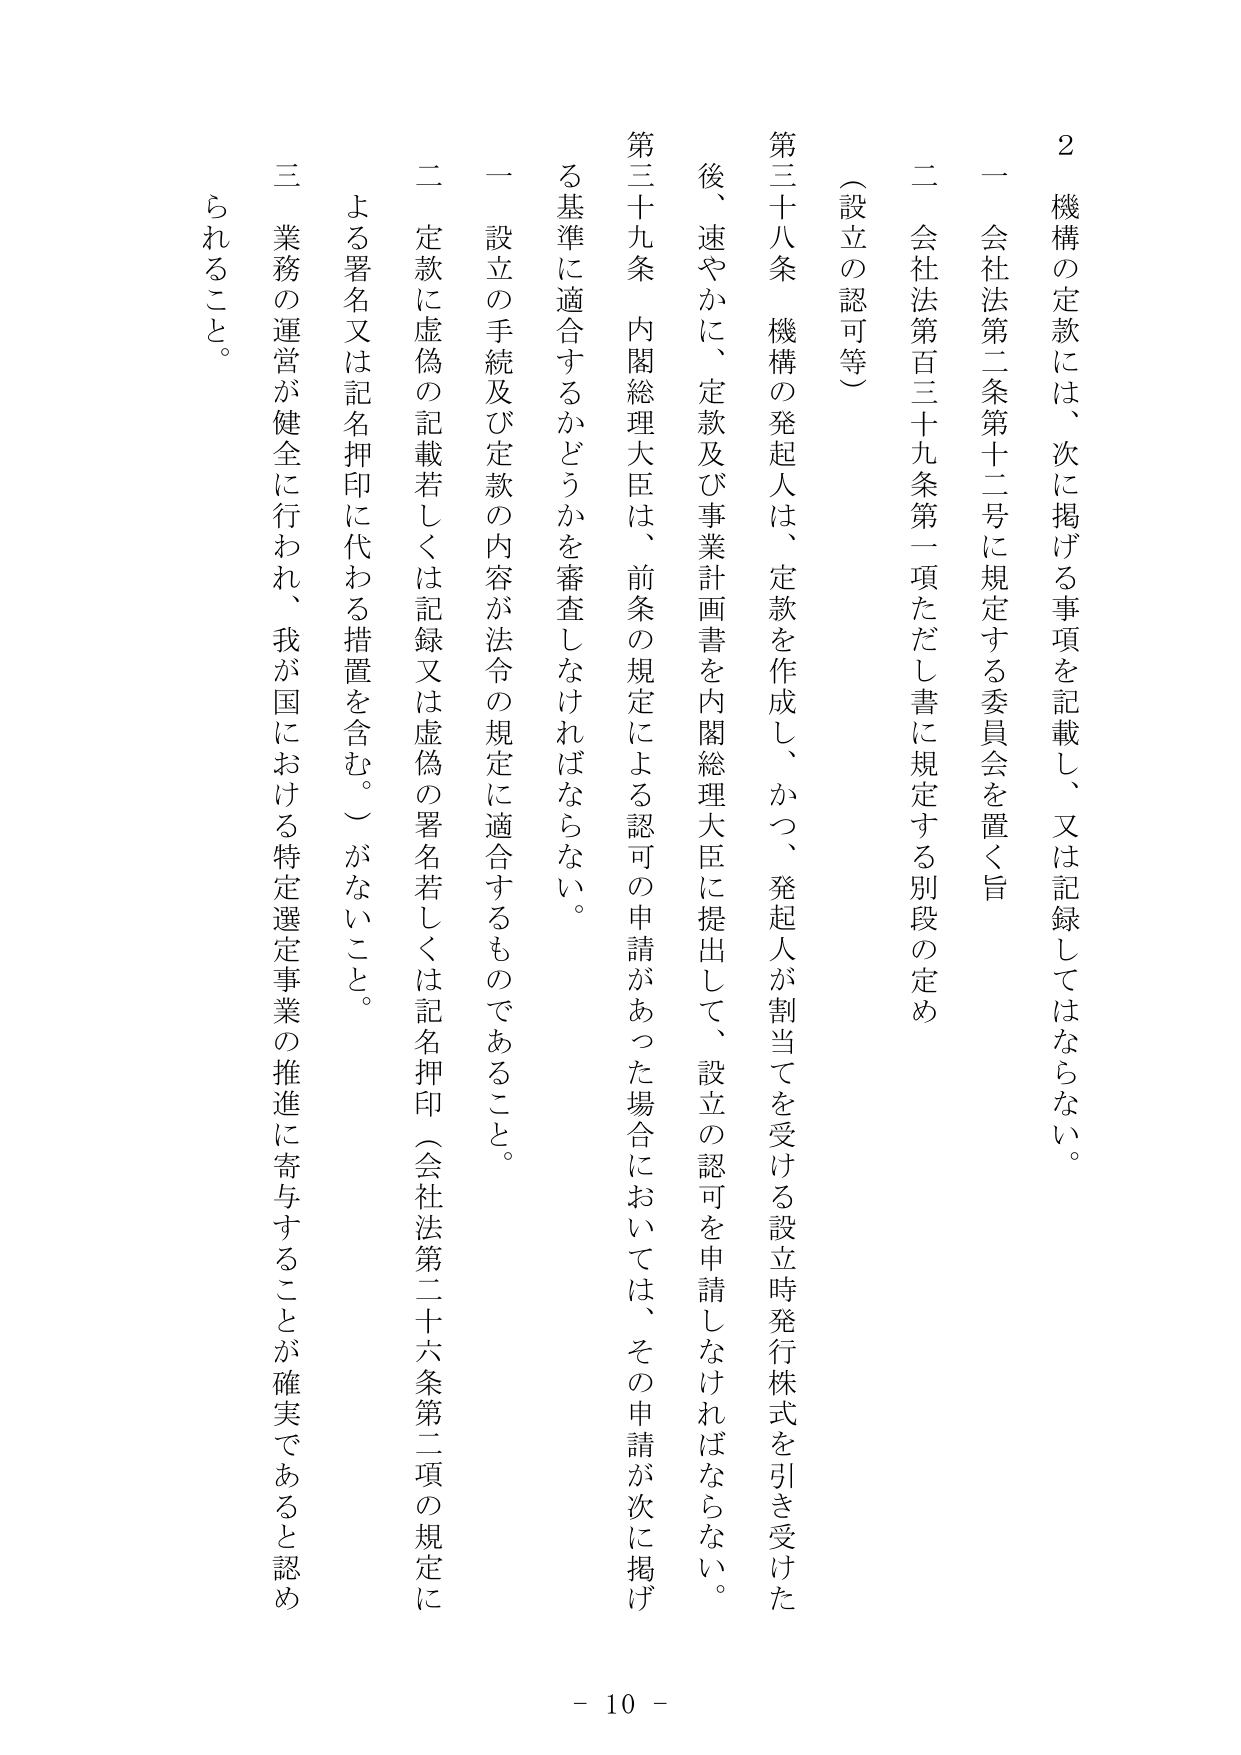
2 機構の定款には、次に掲げる事項を記載し、又は記録してはならない。

一 会社法第二条第十二号に規定する委員会を置く旨

二 会社法第百三十九条第一項ただし書に規定する別段の定め

（設立の認可等）

第三十八条 機構の発起人は、定款を作成し、かつ、発起人が割当てを受ける設立時発行株式を引き受けた後、速やかに、定款及び事業計画書を内閣総理大臣に提出して、設立の認可を申請しなければならない。

第三十九条 内閣総理大臣は、前条の規定による認可の申請があった場合においては、その申請が次に掲げる基準に適合するかどうかを審査しなければならない。

一 設立の手続及び定款の内容が法令の規定に適合するものであること。

二 定款に虚偽の記載若しくは記録又は虚偽の署名若しくは記名押印（会社法第二十六条第二項の規定による署名又は記名押印に代わる措置を含む。）がないこと。

三 業務の運営が健全に行われ、我が国における特定選定事業の推進に寄与することが確実であると認められること。

- 10 -